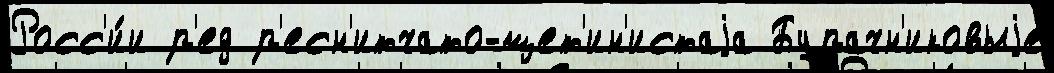
Росс'и́и р'ед р'есн'итчато-щет'ин'истаjа Бурачн'иковыjе